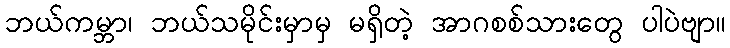
ဘယ်ကမ္ဘာ၊ ဘယ်သမိုင်းမှာမှ မရှိတဲ့ အာဂစစ်သားတွေ ပါပဲဗျာ။